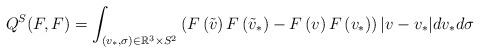
LaTeX: \begin{align*}Q^S(F,F)=\int_{(v_*,\sigma)\in {\mathbb R}^3\times S^2} \left( F\left(\tilde{v} \right)F\left(\tilde{v}_* \right)- F\left(v \right)F\left(v_* \right)\right) |v-v_*|dv_*d\sigma \end{align*}